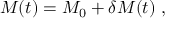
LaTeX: { \cal M } ( t ) = { \cal M } _ { 0 } + \delta { \cal M } ( t ) \ ,